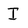
Character: I